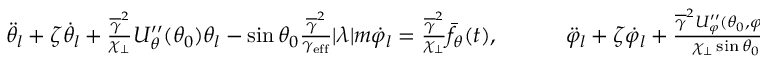
\begin{array} { r } { \ddot { \theta } _ { l } + \zeta \dot { \theta } _ { l } + \frac { \overline { { \gamma } } ^ { 2 } } { \chi _ { \perp } } U _ { \theta } ^ { \prime \prime } ( \theta _ { 0 } ) \theta _ { l } - \sin \theta _ { 0 } \frac { \overline { \gamma } ^ { 2 } } { \gamma _ { \mathrm { e f f } } } | { \lambda } | m \dot { \varphi } _ { l } = \frac { \overline { \gamma } ^ { 2 } } { \chi _ { \perp } } \bar { f } _ { \theta } ( t ) , \quad \quad \quad \ddot { \varphi } _ { l } + \zeta \dot { \varphi } _ { l } + \frac { \overline { \gamma } ^ { 2 } U _ { \varphi } ^ { \prime \prime } ( \theta _ { 0 } , \varphi _ { 0 } ) } { \chi _ { \perp } \sin \theta _ { 0 } } \varphi _ { l } + \frac { \overline { { \gamma } } ^ { 2 } } { \gamma _ { \mathrm { e f f } } } | { \lambda } | m \dot { \theta } _ { l } = \frac { \overline { \gamma } ^ { 2 } } { \chi _ { \perp } } \frac { \bar { f } _ { \varphi } ( t ) } { \sin \theta _ { 0 } } , } \end{array}